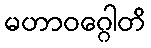
မဟာဝဂ္ဂေါတိ